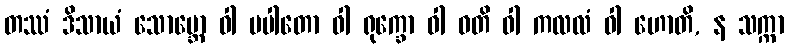
တဿံ ဒိသာယံ သောဗ္ဘော ဝါ ပပါတော ဝါ ရုက္ခော ဝါ ဝတိ ဝါ ကလလံ ဝါ ဟောတိ, န သက္ကာ